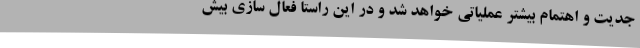
جدیت و اهتمام بیشتر عملیاتی خواهد شد و در این راستا فعال سازی بیش